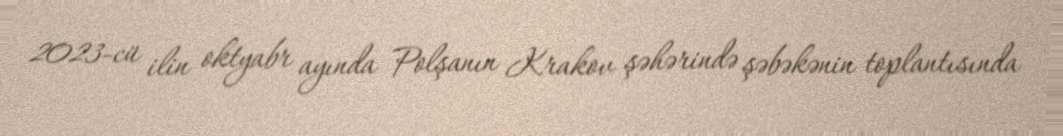
2023-cü ilin oktyabr ayında Polşanın Krakov şəhərində şəbəkənin toplantısında